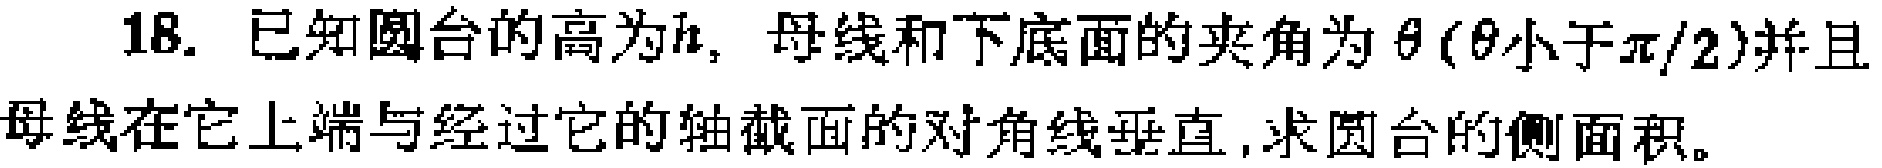
18. 已知圆台的高为\(h\)，母线和下底面的夹角为\(\theta(\theta小于\pi/2)\)并且母线在它上端与经过它的轴截面的对角线垂直，求圆台的侧面积。